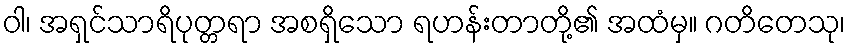
ဝါ၊ အရှင်သာရိပုတ္တရာ အစရှိသော ရဟန်းတာတို့၏ အထံမှ။ ဂတိတေသု၊